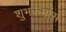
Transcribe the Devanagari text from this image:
शुभकर्मास